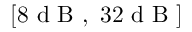
[ 8 \mathrm { ~ d ~ B ~ } , \mathrm { ~ } 3 2 \mathrm { ~ d ~ B ~ } ]